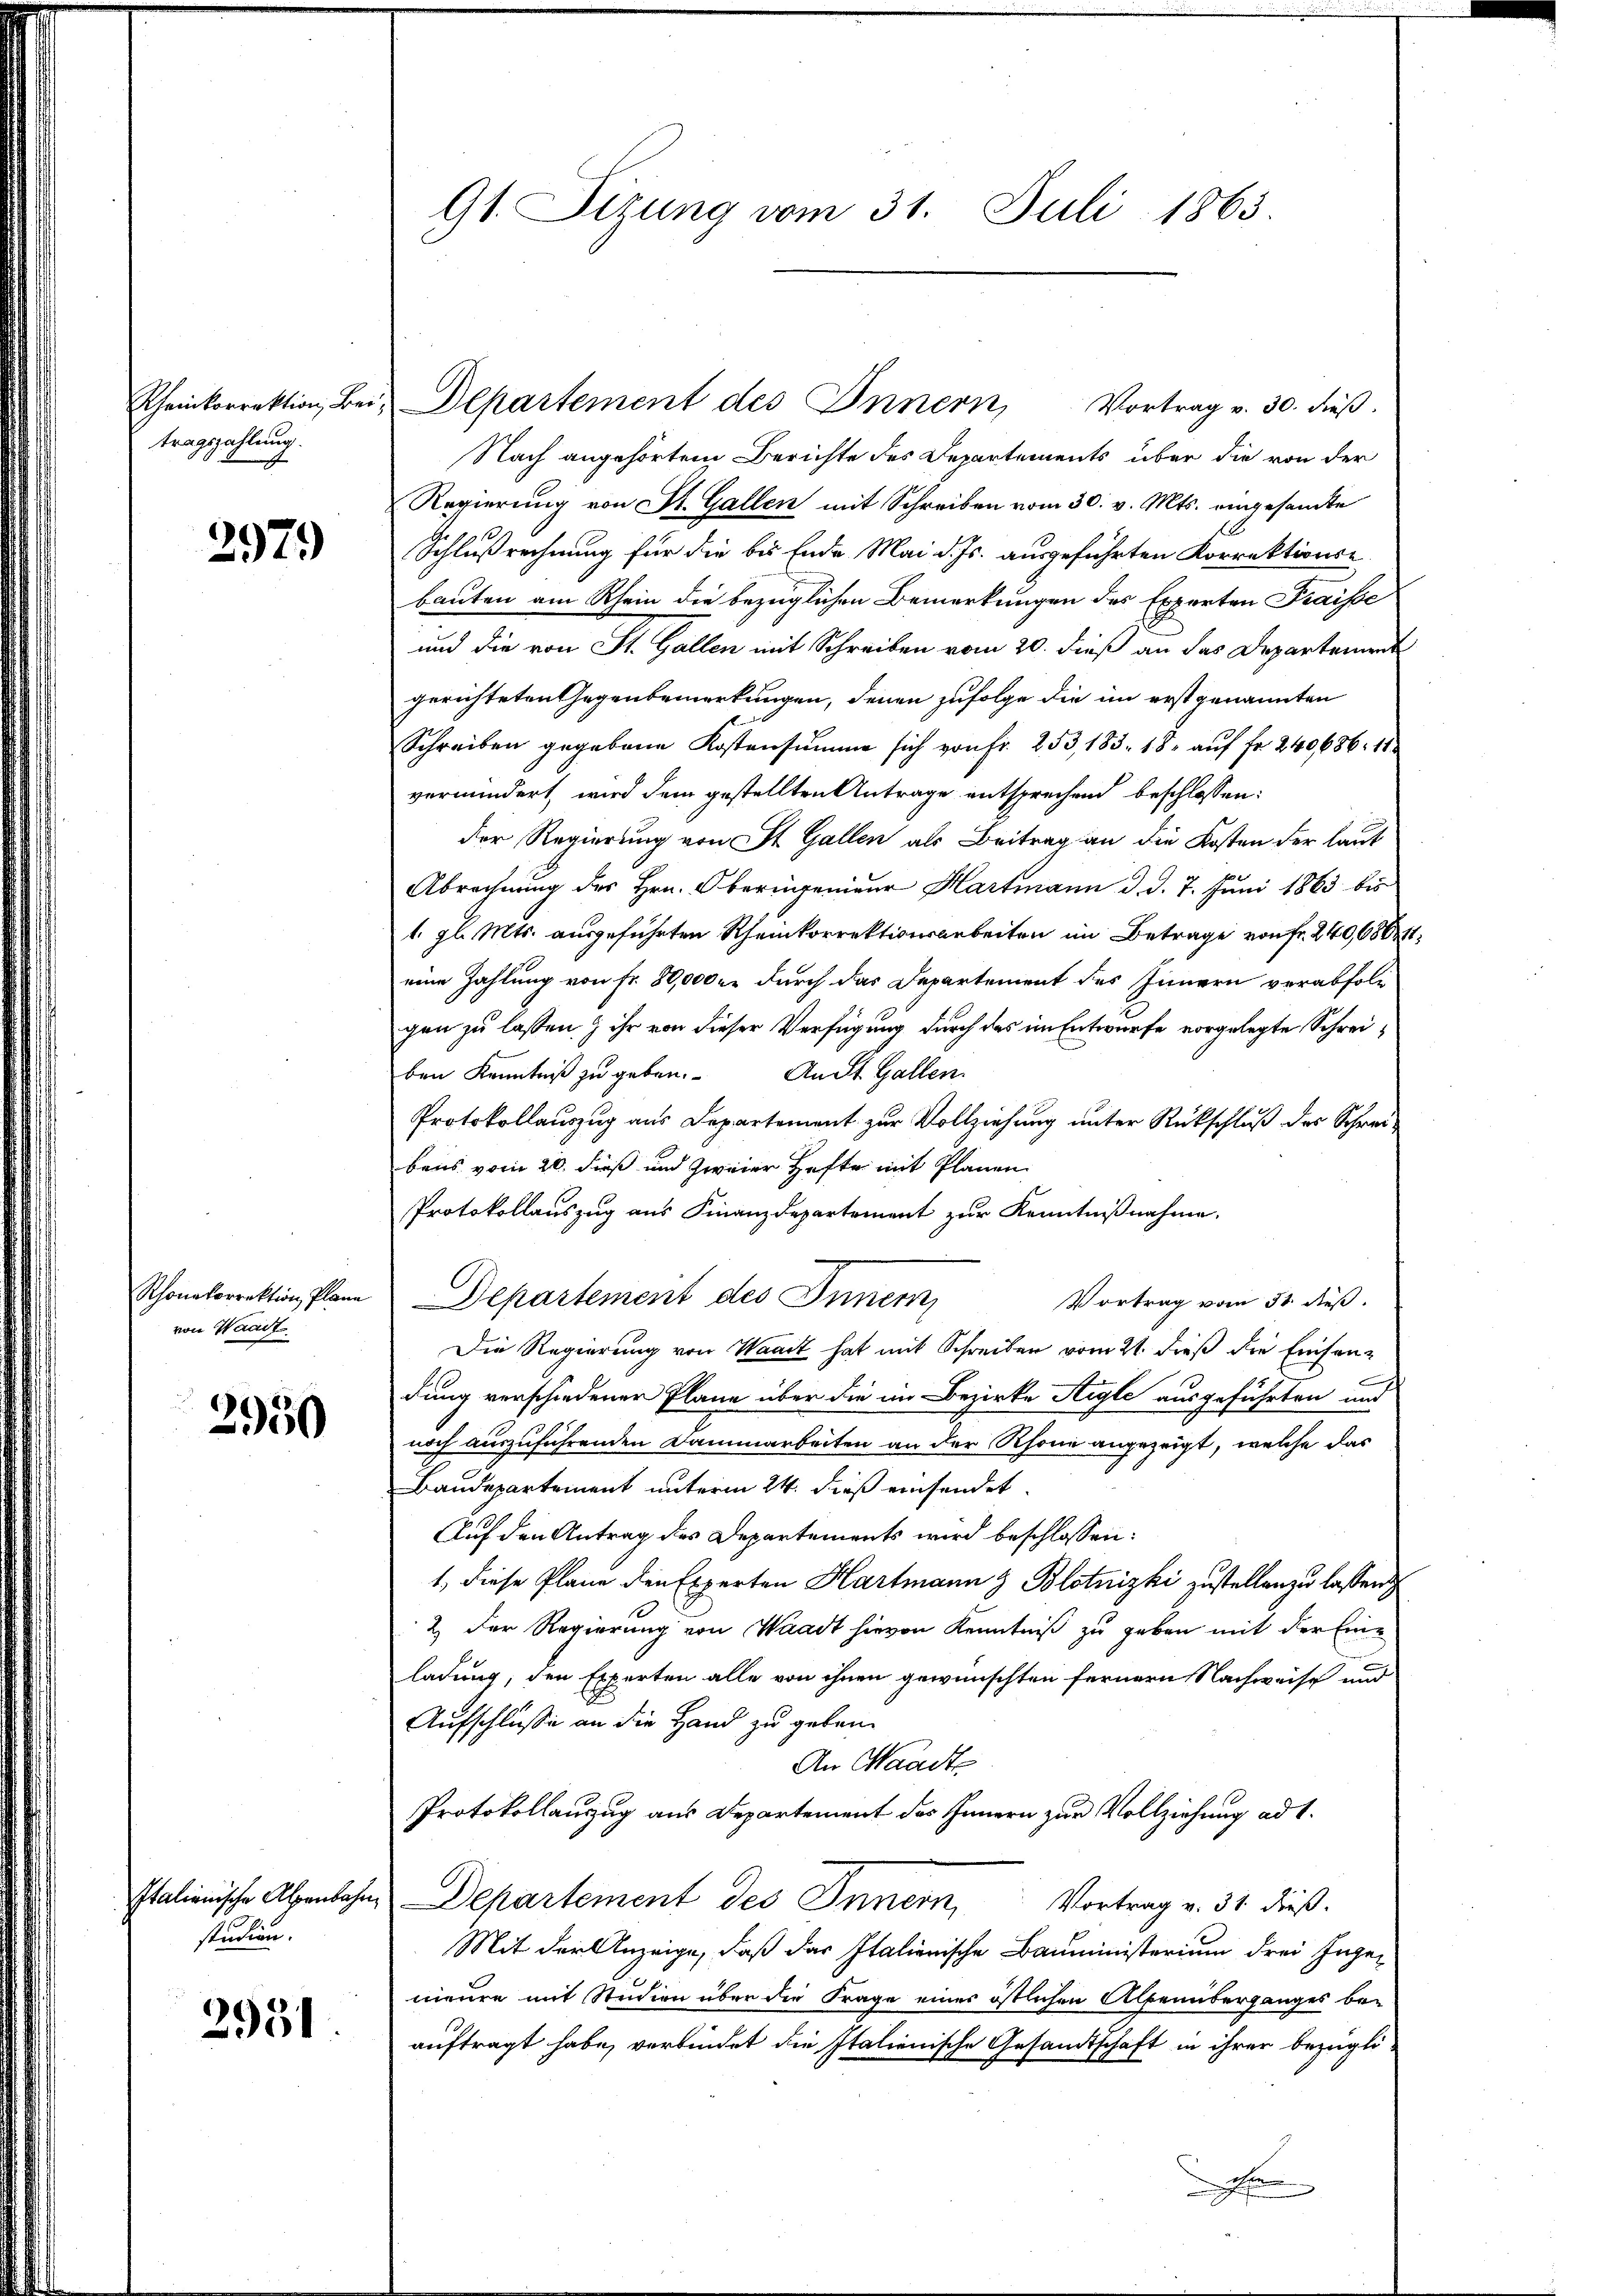
Rheinkorrektion, Bei
tragszahlung.

2979

Rhonekorrektion Plane
von Waadt.

3950

Italienische Alpenbahn
studien.

2951

91. Sizung vom 31. Juli 1863.

Nach angehörtem Berichte des Departements über die von der
Regierung von St. Gallen mit Schreiben vom 30. v. Mts. eingesandte
Schlußrechnung für die bis Ende Mai d. Js. ausgeführten Korrektions-
bauten am Rhein die bezüglichen Bemerkungen des Experten Fraisse
und die von St. Gallen mit Schreiben vom 20. dieß an das Departement
gerichteten Gegenbemerkungen, denen zufolge die im erstgenannten
Schreiben gegebene Kostensumme sich von Fr. 253, 183. 18. auf Fr. 240686. 11
vermindert, wird dem gestellten Antrage entsprechend beschlossen:
der Regierung von St. Gallen als Beitrag an die Kosten der laut
Abrechnung des Hrn. Oberingenieur Hartmann d. d. 7. Juni 1863 bis
1. gl. Mts. ausgeführten Rheinkorrektionsarbeiten im Betrage von Fr. 240,6801
eine Zahlung von Fr. 80,000 er durch das Departement des Innern verabfolg
gen zu lassen & ihr von dieser Verfügung durch das im Entwurfe vorgelegte Schreiben Kenntniß zu geben. An St. Gallen
Protokollauszug aus Departement zur Vollziehung unter Rückschluß des Schreibens vom 20. dieß und zweier Hefte mit Planen
Protokollauszug aus Finanzdepartement zur Kenntnißnahme.
Departement des Inner
Vortrag vom 31. dieß.
Die Regierung von Waadt hat mit Schreiben vom 21. dieß die Einsendung verschiedener Pläne über die im Bezirke Aigle ausgeführten und
noch auszuführenden Dammarbeiten an der Rhone angezeigt, welche das
Baudepartement unterm 24. dieß einsendet.
Auf den Antrag des Departements wird beschlossen:
1., diese Plane den Experten Hartmann & Blotnizki zustellen zu lassen
2. Der Regierung von Waadt hievon Kenntniß zu geben mit der Eine
ladung, den Experten alle von ihnen gewünschten fernern Nachweise und
Aufschlüsse an die Hand zu geben.
An Waadt
Protokollauszug aus Departement des Innern zur Vollziehung ad 1.
Departement des Innern, Vortrag v. 31 dieß.
Mit der Anzeige, daß das Italienische Bauministerium drei Ingen
nieure mit Studien über die Frage eines östlichen Alpemiberganges be-
auftragt habe, verbindet die Italienische Gesandtschaft in ihrer bezügli¬

Departement des Innern, Vortrag v. 30. dieβ.